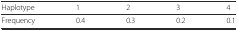
| Haplotype | 1 | 2 | 3 | 4 |
 | --- | --- | --- | --- | --- |
 | Frequency | 0.4 | 0.3 | 0.2 | 0.1 |